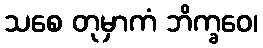
သစေ တုမှာကံ ဘိက္ခဝေ၊